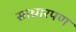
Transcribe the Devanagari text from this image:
साधारपण